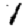
Digit: 1